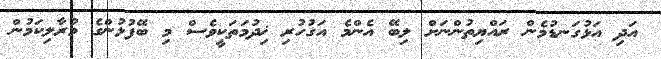
އަދި އަޅުގަނޑުމެން ރައްޔިތުންނަށް ލިބޭ އެންމެ އަގުހުރި ޚިދުމަތަކީވެސް މި ބޭފުޅުންގެ މުރާލިކަމުން